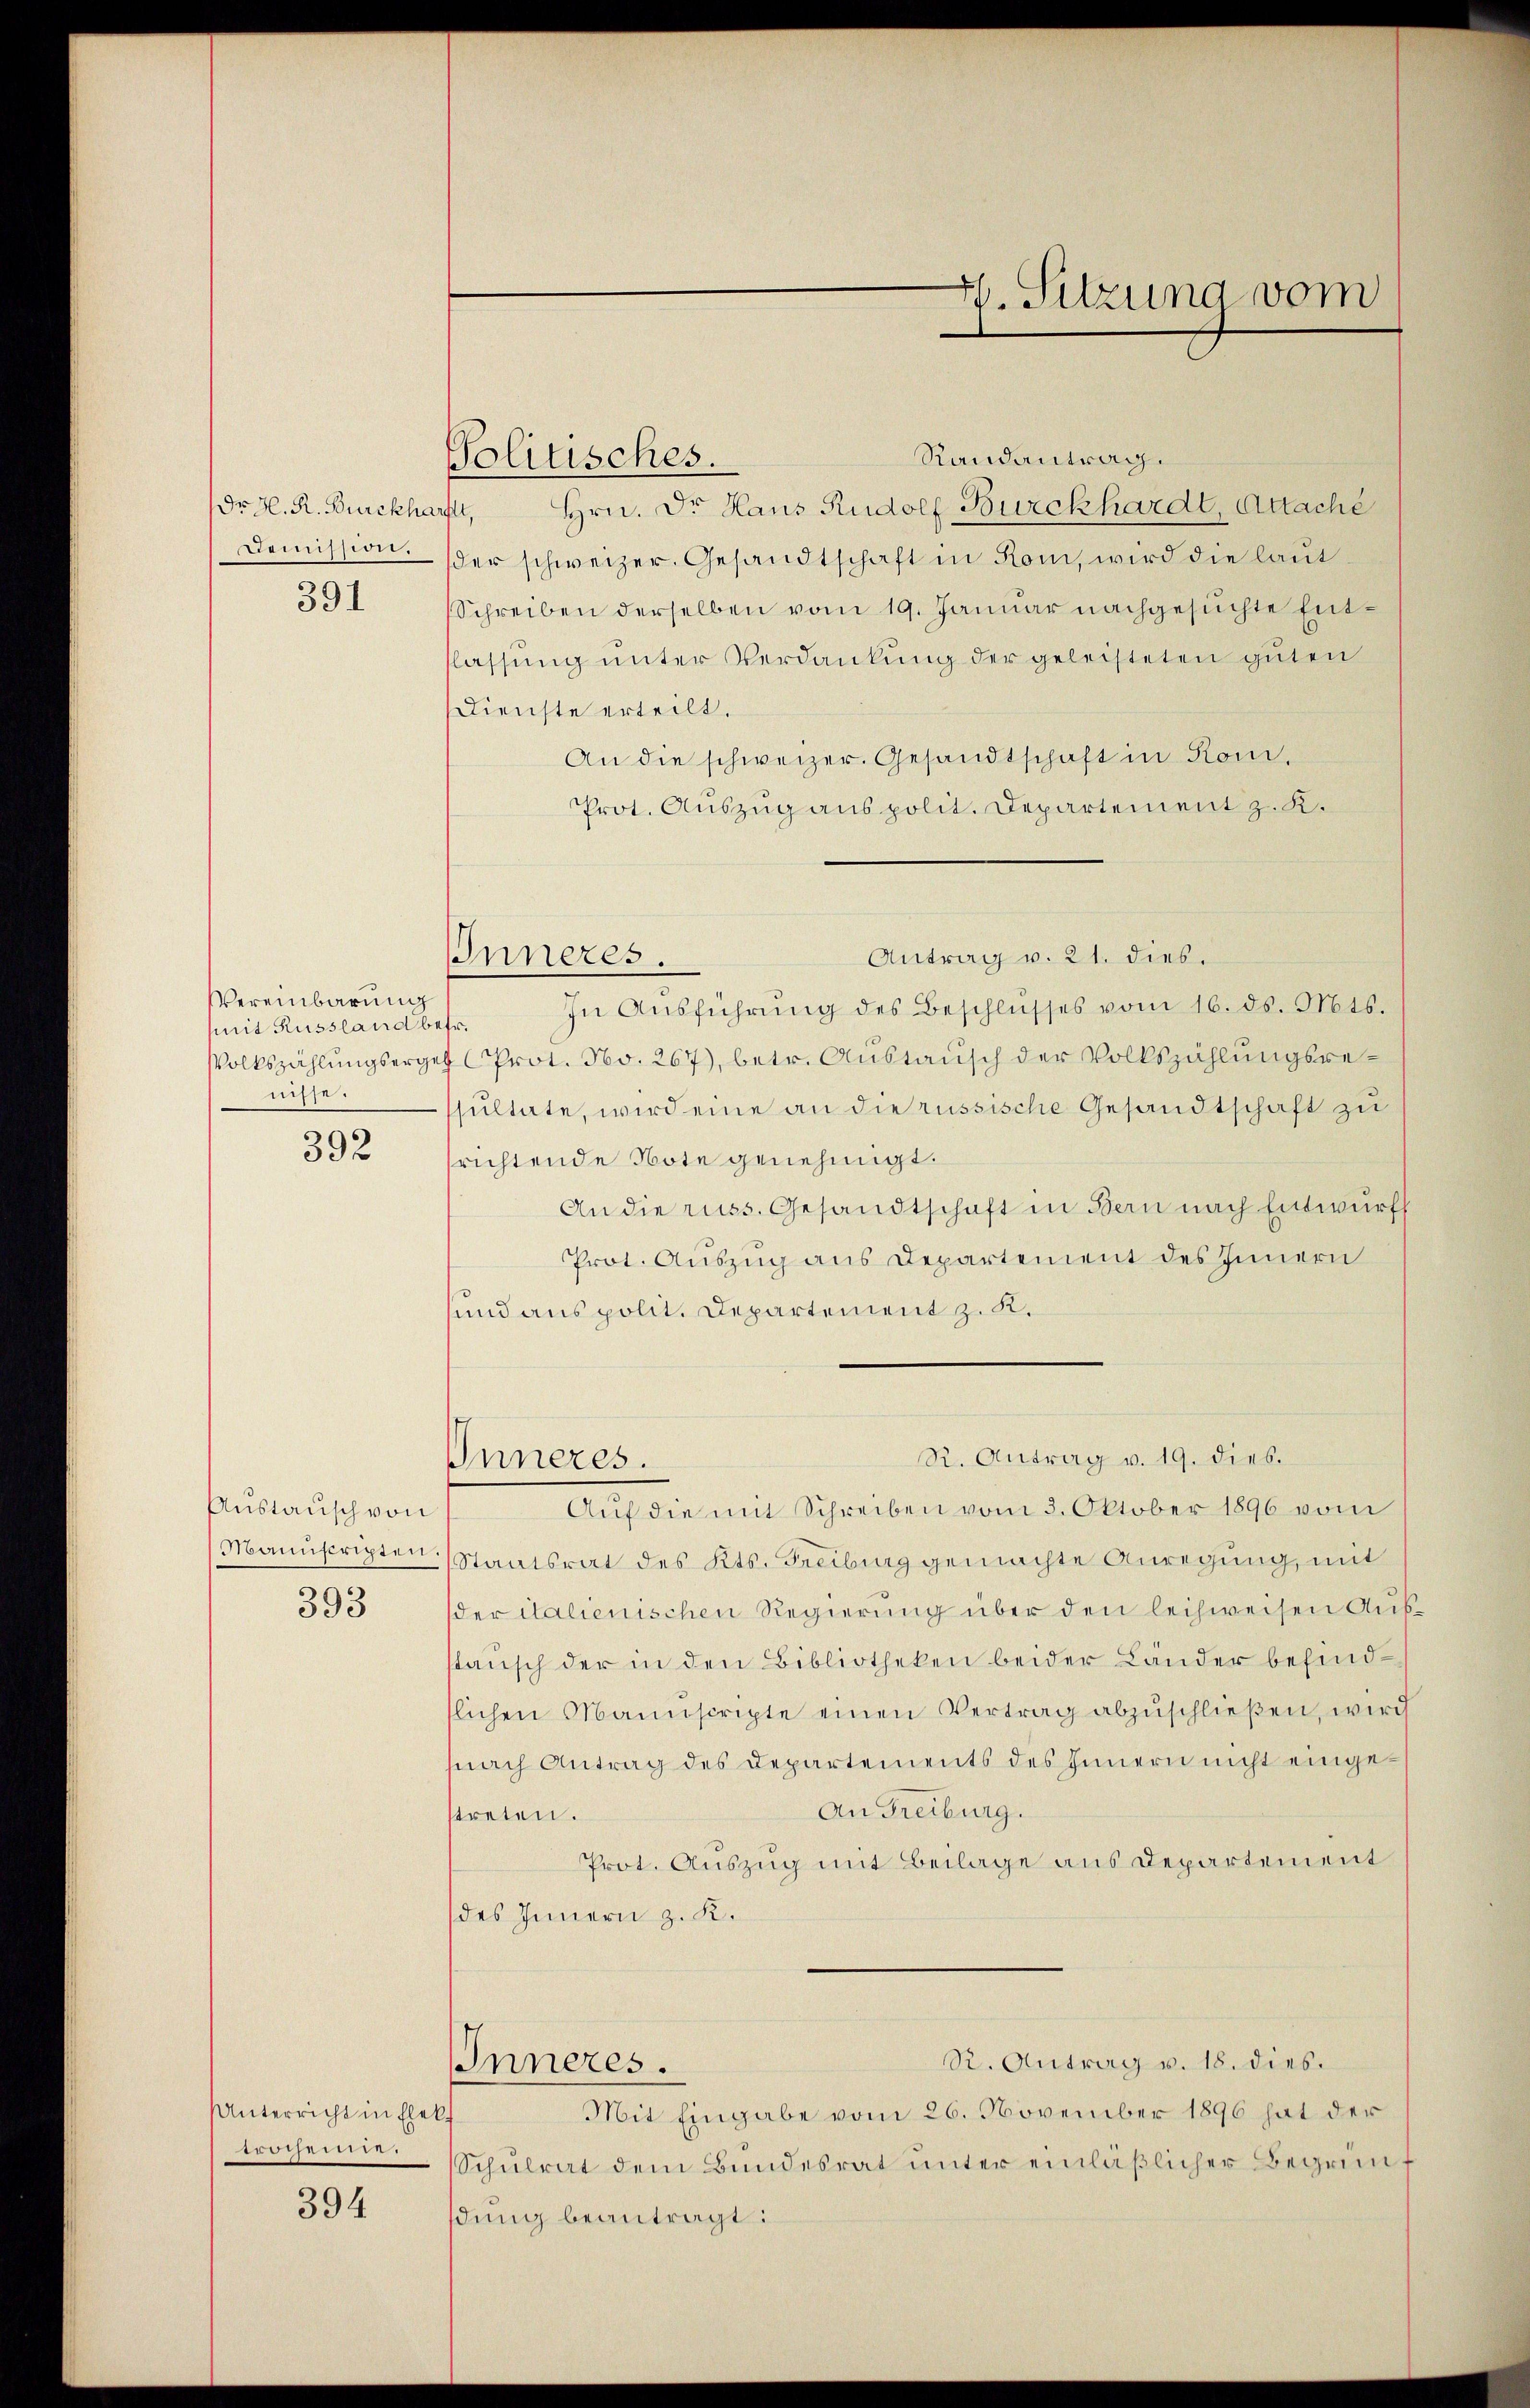
Dr. H. R. Burckhar
Demission.

391

VVereinbarung
Mit Russland befr.
Volkszählungserge
nisse.

392

Austausch von
Manuscripten

393

Unterricht in Elekt
un seine

394

Politisches.

Randantrag.
, Hrn. Dr. Haus Rudolf Burckhardt, Attache
der schweizer. Gesandtschaft in Rom, wird die laut
Schreiben derselben vom 19. Januar nachgesuchte Entflassung unter Verdankung der geleisteten guten
Dienste erteilt.
An die schweizer. Gesandtschaft in Rom.
Prot. Auszug aus polit. Departement z. K.
Antrag v. 21. dies.
IInneres.
In Ausführung des Beschlusses vom 16. ds. Mts.
Prot. No. 267), betr. Austausch der Volkszählungsresultate, wird eine an die russische Gesandtschaft zu
richtende Note genehmigt.
An die russ. Gesandtschaft in Bern nach Entwurf
Prot. Auszug aus Departement des Innern
sund aus polit. Departement z. K.

Inneres

H. Sitzung vom

R. Antrag v. 19. dies.

Auf die mit Schreiben vom 3. Oktober 1896 vom
Staatsrat des Kts. Freiburg gemachte Anregung, mit
der italienischen Regierung über den leihweisen Aus
stausch der in den Bibliotheken beider Länder befindslichen Mannscripte einen Vertrag abzŭschließen, wird
nach Antrag des Departements des Innern nicht einge¬
An Freiburg.
streten.
Prot. Auszug mit Beilage aus Departement
(des Innern z. K.
R. Antrag v. 18. dies.
Inneres.
Mit Eingabe vom 26. November 1896 hat der
Schulrat dem Bundesrat unter einläßlicher Begründung beantragt: